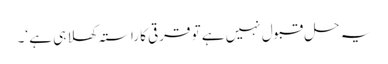
یہ حل قبول نہیں ہے تو قرقی کا راستہ کھلا ہی ہے ‘۔